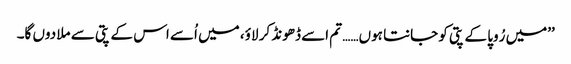
’’میں رُوپا کے پتی کو جانتا ہوں…… تم اسے ڈھونڈ کر لاؤ، میں اُسے اس کے پتی سے ملا دوں گا۔